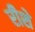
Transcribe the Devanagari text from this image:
रीशे